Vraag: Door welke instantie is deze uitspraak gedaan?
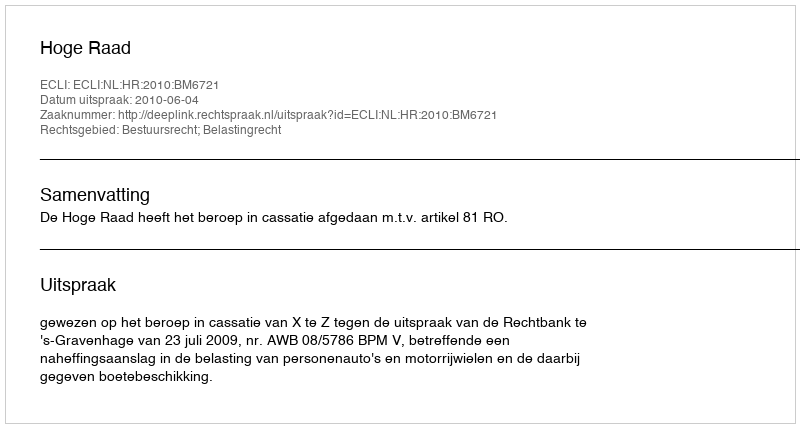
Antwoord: Hoge Raad